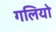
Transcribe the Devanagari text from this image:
गलियो